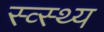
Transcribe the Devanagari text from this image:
स्व्स्थ्य